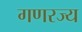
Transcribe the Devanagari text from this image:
गणरज्य